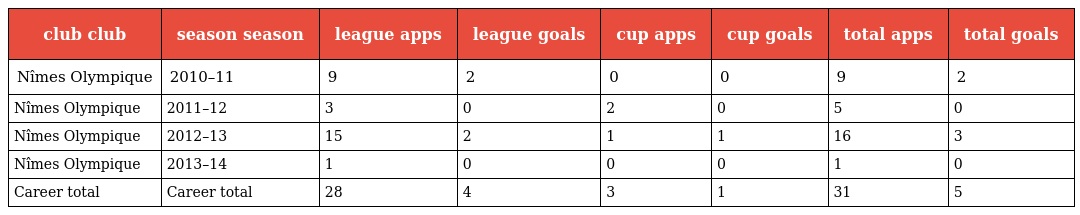
| club club | season season | league apps | league goals | cup apps | cup goals | total apps | total goals |
 | --- | --- | --- | --- | --- | --- | --- | --- |
 | Nîmes Olympique | 2010–11 | 9 | 2 | 0 | 0 | 9 | 2 |
 | Nîmes Olympique | 2011–12 | 3 | 0 | 2 | 0 | 5 | 0 |
 | Nîmes Olympique | 2012–13 | 15 | 2 | 1 | 1 | 16 | 3 |
 | Nîmes Olympique | 2013–14 | 1 | 0 | 0 | 0 | 1 | 0 |
 | Career total | Career total | 28 | 4 | 3 | 1 | 31 | 5 |